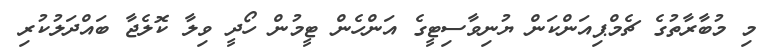
މި މުބާރާތުގެ ޗެމްޕިއަންކަން ޔުނިވާސިޓީގެ އަންހެން ޓީމުން ހޯދީ ވިލާ ކޮލެޖާ ބައްދަލުކުރި